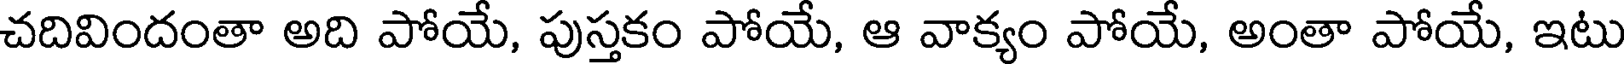
చదివిందంతా అది పోయే, పుస్తకం పోయే, ఆ వాక్యం పోయే, అంతా పోయే, ఇటు